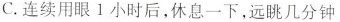
C.连续用眼1小时后，休息一下，远眺几分钟